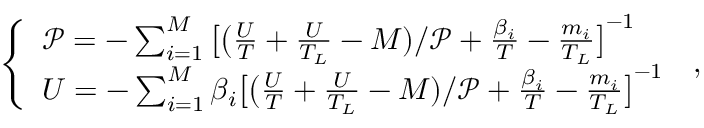
\left\{ \begin{array} { l l } { \mathcal { P } = - \sum _ { i = 1 } ^ { M } \big [ \big ( \frac { U } { T } + \frac { U } { T _ { L } } - M ) / \mathcal { P } + \frac { \beta _ { i } } { T } - \frac { m _ { i } } { T _ { L } } \big ] ^ { - 1 } } \\ { U = - \sum _ { i = 1 } ^ { M } \beta _ { i } \big [ \big ( \frac { U } { T } + \frac { U } { T _ { L } } - M ) / \mathcal { P } + \frac { \beta _ { i } } { T } - \frac { m _ { i } } { T _ { L } } \big ] ^ { - 1 } } \end{array} \right. \, ,